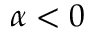
\alpha < 0